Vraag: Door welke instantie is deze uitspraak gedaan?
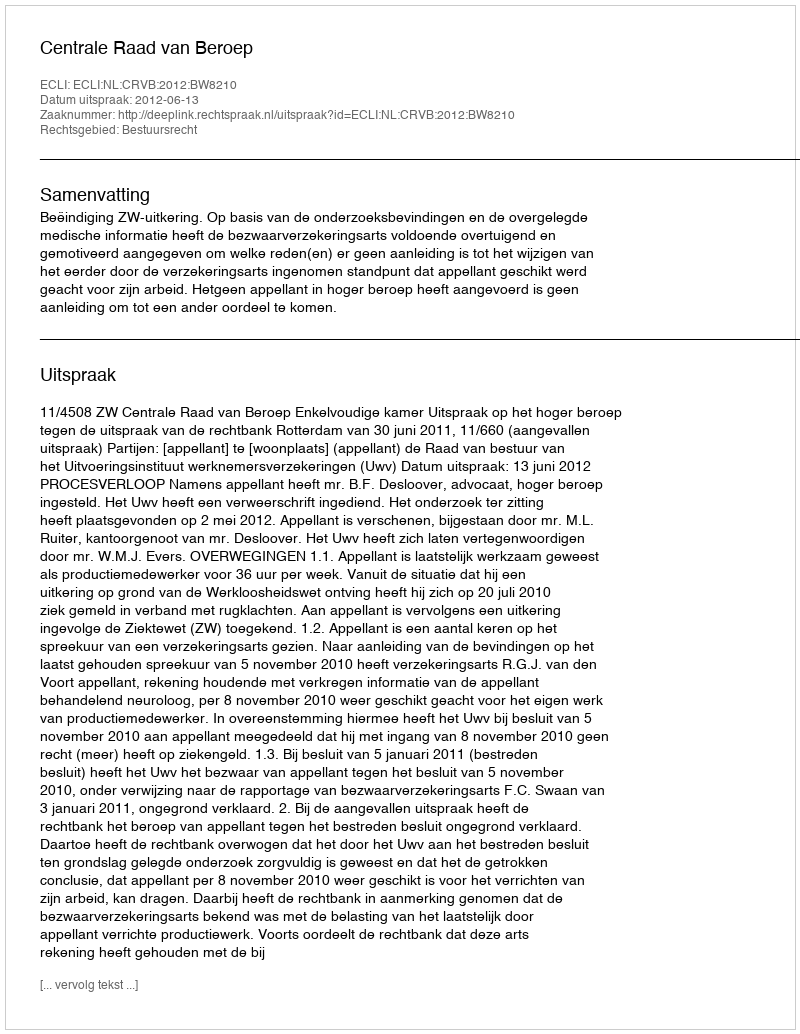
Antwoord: Centrale Raad van Beroep